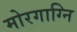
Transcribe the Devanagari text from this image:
मोरगाग्नि